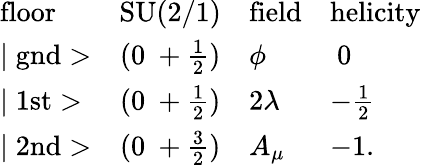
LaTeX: \begin{array}{lcll}{{\mathrm{floor}}}&{{\mathrm{SU(2/1)}}}&{{\mathrm{field}}}&{{\mathrm{helicity}}}\\ {{\mid\mathrm{gnd}>}}&{{(0~+\frac{1}{2})}}&{{\phi}}&{{~0}}\\ {{\mid\mathrm{1st}>}}&{{(0~+\frac{1}{2})}}&{{2\lambda}}&{{-\frac{1}{2}}}\\ {{\mid\mathrm{2nd}>}}&{{(0~+\frac{3}{2})}}&{{A_{\mu}}}&{{-1.}}\end{array}